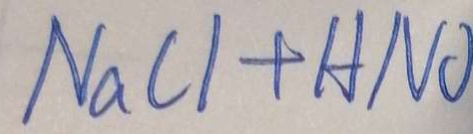
N a C 1 + H N O